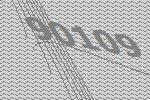
90109